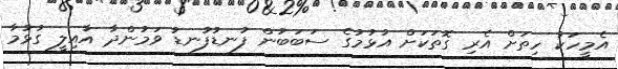
އެމީހަކު ހިތަށް އެރި ގޮތަކަށް އުޅުމުގެ ސަބަބުން ފުނޑުފުނޑު ވަމުންދާ އާއިލީ ގުޅުމާ